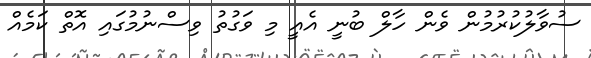
ސުވާލުކުރުމުން ވެން ހާލް ބުނީ އެއީ މި ވަގުތު ވިސްނުމުގައި އޮތް ކަމެއް